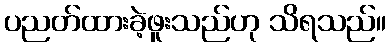
ပညတ်ထားခဲ့ဖူးသည်ဟု သိရသည်။